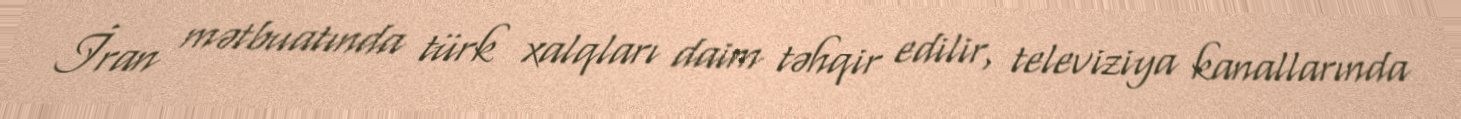
İran mətbuatında türk xalqları daim təhqir edilir, televiziya kanallarında